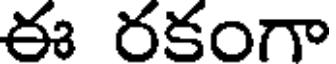
ఈ రకంగా